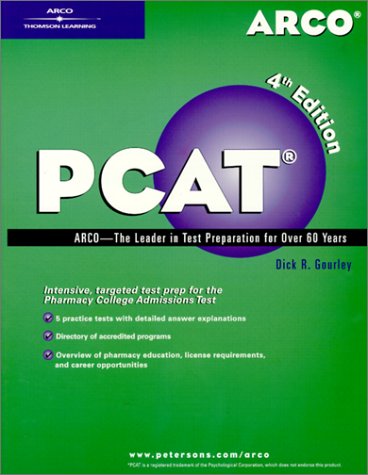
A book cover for PCAT, 4/e (Arco PCAT: Pharmacy College Admission Test); Arco; Test Preparation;